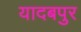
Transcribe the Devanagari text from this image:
यादबपुर